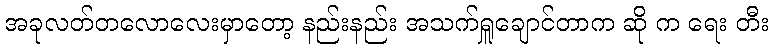
အခုလတ်တလောလေးမှာတော့ နည်းနည်း အသက်ရှူချောင်တာက ဆို က ရေး တီး